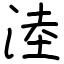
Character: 淕